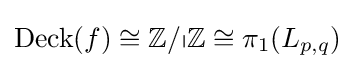
\operatorname {Deck} (f)\cong \mathbb {Z/pZ} \cong \pi _{1}(L_{p,q})